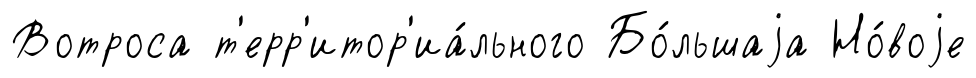
Вотроса т'ерр'итор'иа́льного Бо́льшаjа Но́воjе